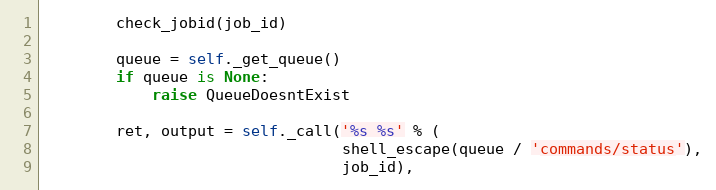
Language: Python
        check_jobid(job_id)

        queue = self._get_queue()
        if queue is None:
            raise QueueDoesntExist

        ret, output = self._call('%s %s' % (
                                 shell_escape(queue / 'commands/status'),
                                 job_id),